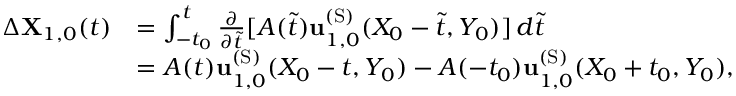
\begin{array} { r l } { \Delta \mathbf { X } _ { 1 , 0 } ( t ) } & { = \int _ { - t _ { 0 } } ^ { t } \frac { \partial } { \partial \tilde { t } } [ A ( \tilde { t } ) \mathbf { u } _ { 1 , 0 } ^ { \mathrm { ( S ) } } ( X _ { 0 } - \tilde { t } , Y _ { 0 } ) ] \, d \tilde { t } } \\ & { = A ( t ) \mathbf { u } _ { 1 , 0 } ^ { \mathrm { ( S ) } } ( X _ { 0 } - t , Y _ { 0 } ) - A ( - t _ { 0 } ) \mathbf { u } _ { 1 , 0 } ^ { \mathrm { ( S ) } } ( X _ { 0 } + t _ { 0 } , Y _ { 0 } ) , } \end{array}